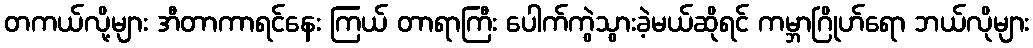
တကယ်လို့များ အီတာကာရင်နေး ကြယ် တာရာကြီး ပေါက်ကွဲသွားခဲ့မယ်ဆိုရင် ကမ္ဘာဂြိုဟ်ရော ဘယ်လိုများ